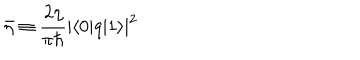
\bar { \eta } \equiv \frac { 2 \eta } { \pi \hbar } | \langle 0 | q | 1 \rangle | ^ { 2 }